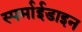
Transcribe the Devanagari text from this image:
स्पर्माईडाइन